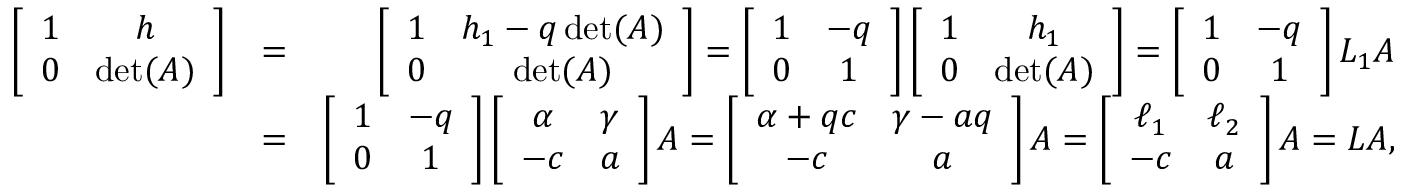
\begin{array} { r l r } { \left[ \begin{array} { c c } { 1 } & { h } \\ { 0 } & { \operatorname* { d e t } ( A ) } \end{array} \right] } & { = } & { \left[ \begin{array} { c c } { 1 } & { h _ { 1 } - q \operatorname* { d e t } ( A ) } \\ { 0 } & { \operatorname* { d e t } ( A ) } \end{array} \right] = \left[ \begin{array} { c c } { 1 } & { - q } \\ { 0 } & { 1 } \end{array} \right] \left[ \begin{array} { c c } { 1 } & { h _ { 1 } } \\ { 0 } & { \operatorname* { d e t } ( A ) } \end{array} \right] = \left[ \begin{array} { c c } { 1 } & { - q } \\ { 0 } & { 1 } \end{array} \right] L _ { 1 } A } \\ & { = } & { \left[ \begin{array} { c c } { 1 } & { - q } \\ { 0 } & { 1 } \end{array} \right] \left[ \begin{array} { c c } { \alpha } & { \gamma } \\ { - c } & { a } \end{array} \right] A = \left[ \begin{array} { c c } { \alpha + q c } & { \gamma - a q } \\ { - c } & { a } \end{array} \right] A = \left[ \begin{array} { c c } { \ell _ { 1 } } & { \ell _ { 2 } } \\ { - c } & { a } \end{array} \right] A = L A , } \end{array}